Annual report of the Punjab Veterinary College and of the Civil Veterinary Department, Punjab - 1909-1919
Year: 1909
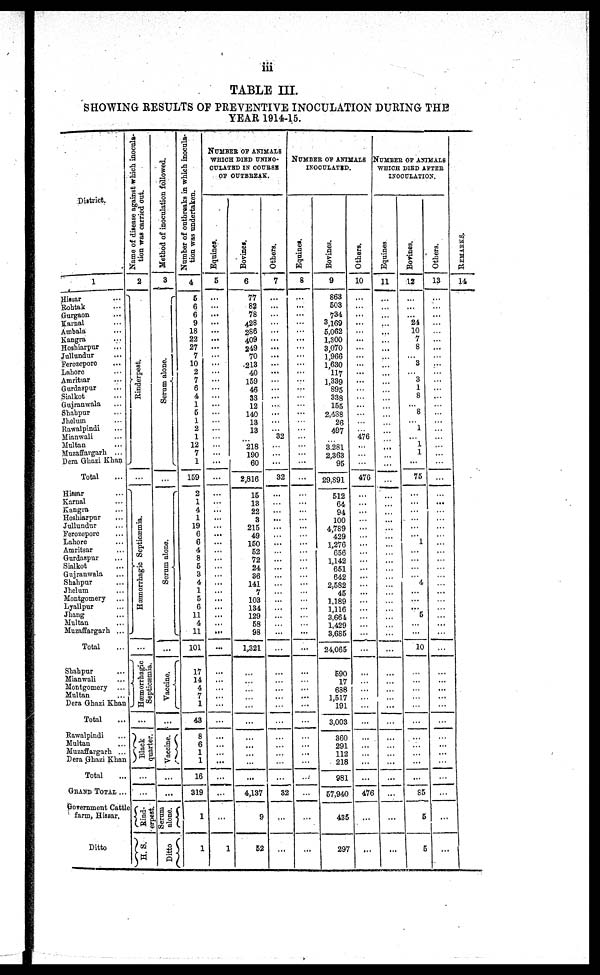
iii
TABLE III.
SHOWING RESULTS OF PREVENTIVE INOCULATION DURING THE
YEAR 1914-15.
District.
1
Hissar ...
Rohtak ...
Gurgaon ...
Karnal ...
Ambala ...
Kangra ...
Hoshiarpur ...
Jullundur...
Ferozepore ...
Lahore ...
Amritsar...
Gurdaspur ...
Sialkot...
Gujranwala...
Shahpur ...
Jhelum ...
Rawalpindi
Mianwali ...
Multan ...
Muzaffargarh ...
Dera Ghazi Khan
Total
Hissar ...
Karnal ...
Kangra ...
Hoshiarpur ...
Jullundur
Forozepore ...
Lahore
Amritsar
Gurdaspur ...
Sialkot
Gujranwala
Shahpur ...
Jhelum ...
Montgomery
Lyallpur ...
Jhang ...
Multan ...
Muzaffargarh ...
Total
Shahpur ...
Mianwali ...
Montgomery ...
Multan ...
Dera Ghazi Khan
Total
Rawalpindi ...
Multan ...
Muzaffargarh ...
Dera Ghazi Khan
Total
GRAND TOTAL ...
Government Cattle
farm, Hissar.
Ditto
Name of disease against which inocula-
tion was carried out.
2
Rinderpest.
Hæmorrhagic Septicæmia.
Sapticæmia.
...
Black
quarter.
...
...
Rind-
erpest.
H. S.
Method of inoculation followed.
3
Se r
um alone.
...
Se r
um alone.
...
Vaccine.
...
Vaccine.
...
...
Serum
alone.
Ditto
Number of outbreaks in which inocula-
tion was undertaken.
4
5
6
6
9
18
22
27
7
10
2
7
6
4
1
5
1
2
1
12
7
1
159
2
1
4
1
19
6
6
4
8
5
3
4
1
5
6
11
4
11
101
17
14
4
7
1
43
8
6
1
1
16
319
1
1
NUMBER OF ANIMALS
WHICH DIED UNINO-
CULATED IN COURSE
OF OUTBREAK.
Equines.
5
...
...
...
...
...
...
...
...
...
...
...
...
...
...
...
...
...
...
...
...
...
...
...
...
...
...
...
...
...
...
...
...
...
...
...
...
...
...
...
...
...
...
...
...
...
...
...
...
...
...
...
...
1
Bovines.
6
77
82
78
428
286
409
249
70
213
40
159
46
33
12
140
13
13
...
218
190
60
2,816
15
13
22
3
215
49
150
52
72
24
36
141
7
103
134
129
58
98
1,321
...
...
...
...
...
...
...
...
...
...
...
4,137
9
52
Others.
7
...
...
...
...
...
...
...
...
...
...
...
...
...
....
...
...
...
32
...
...
...
32
...
...
...
...
...
...
...
...
...
...
...
...
...
...
...
...
...
...
...
...
...
...
...
...
...
...
...
32
...
...
NUMBER OF ANIMALS
INOCULATED.
Equines.
8
...
...
...
...
...
...
...
...
...
...
...
...
...
...
...
...
...
...
...
...
...
...
...
...
...
...
...
...
...
...
...
...
...
...
...
...
...
...
...
...
...
...
...
...
...
...
...
...
...
...
...
...
...
Bovines.
9
863
503
734
3,169
5,062
1,300
3,070
1,966
1,630
117
1,339
895
338
155
2,438
26
497
...
3,281
2,363
95
29,891
512
64
94
100
4,789
429
1,276
656
1,142
651
642
2,582
45
1,189
1,116
3,664
1,429
3,685
24,065
590
17
688
1,517
191
3,003
360
291
112
218
981
57,940
435
297
Others.
10
...
...
...
...
...
...
...
...
...
...
...
...
...
...
...
...
...
476
...
...
...
476
...
...
...
...
...
...
...
...
...
...
...
...
...
...
...
...
...
...
...
...
...
...
...
...
...
...
...
...
476
...
...
NUMBER OF ANIMALS
WHICH DIED AFTER
INOCULATION.
Equines
11
...
...
...
...
...
...
...
...
...
...
...
...
...
...
...
...
...
...
...
...
...
...
...
...
...
...
...
...
...
...
...
...
...
...
...
...
...
...
...
...
...
...
...
...
...
...
...
...
...
...
...
...
...
Bovines.
12
...
...
...
24
10
7
8
...
3
...
3
1
8
...
8
...
1
...
1
1
...
75
...
...
...
...
...
... 1
...
...
...
4
...
...
...
5
...
10
...
...
...
...
...
...
...
...
...
...
...
85
5
5
Others.
13
...
...
...
...
...
...
...
...
...
...
...
...
...
...
...
...
...
...
...
...
...
...
...
...
...
...
...
...
...
...
...
...
...
...
...
...
...
...
...
...
...
...
...
...
...
...
...
...
...
...
...
...
...
RE MARKS .
14